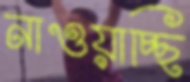
নাওয়াচ্ছি